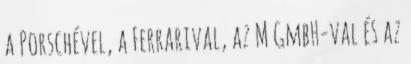
a Porschével, a Ferrarival, az M GmbH-val és az